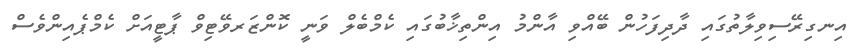
އިނގިރޭސިވިލާތުގައި ދާދިފަހުން ބޭއްވި އާންމު އިންތިޚާބުގައި ކެމްބެލް ވަނީ ކޮންޒަރވޭޓިވް ޕާޓީއަށް ކެމްޕެއިންވެސް